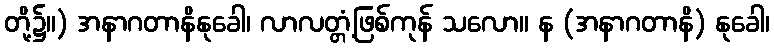
တို့၌။) အနာဂတာနိနုခေါ၊ လာလတ္တံ့ဖြစ်ကုန် သလော။ န (အနာဂတာနိ) နုခေါ၊